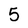
Character: 5